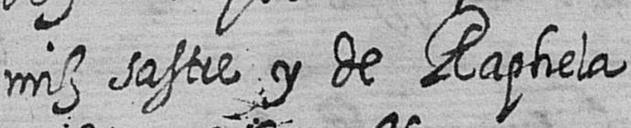
miz sastre y de Raphela